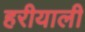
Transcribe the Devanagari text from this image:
हरीयाली